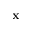
\mathbf { x }